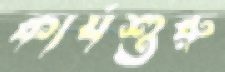
কার্যশুরু